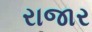
રાજાર